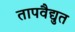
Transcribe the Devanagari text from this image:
तापवैद्युत